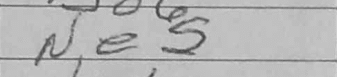
Transcription: Ne5